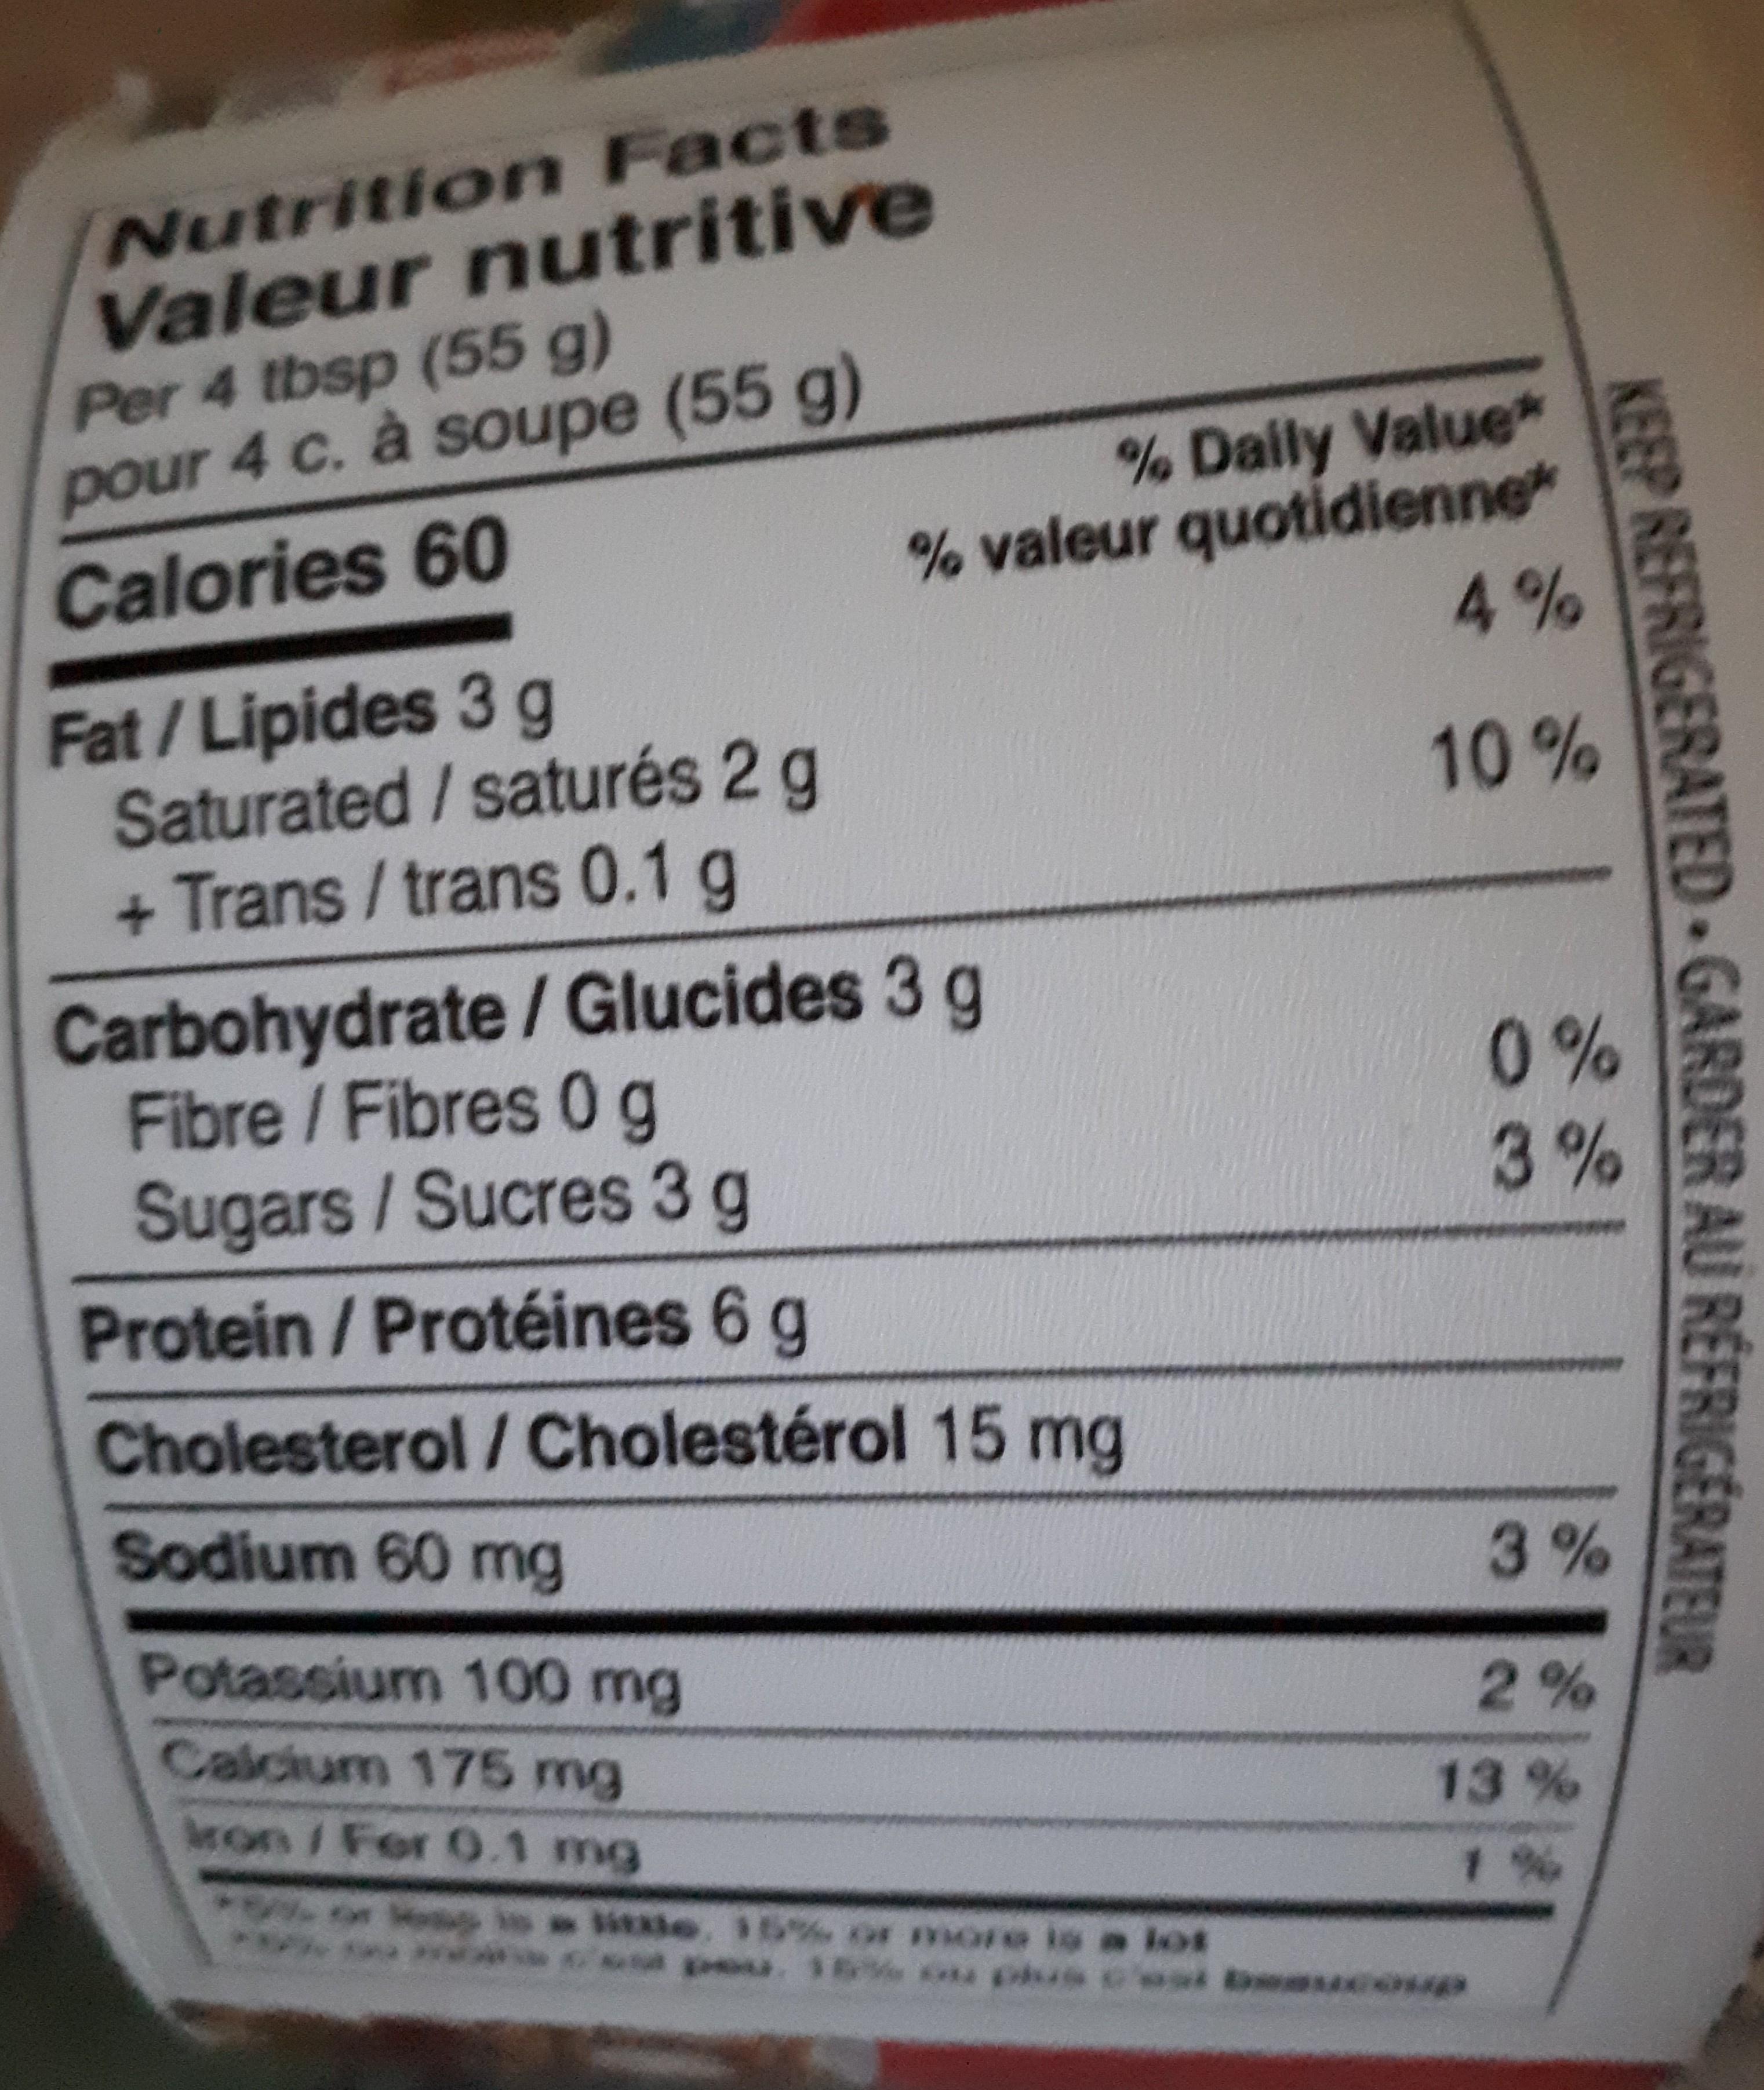
Nutrition Facts Valeur nutritive Per 4 tbsp (55 g) pour 4 c. à soupe (55 g)
% Daily Value* % valeur quotidienne* 4%
Calories 60
Fat / Lipides 3 g Saturated / saturés 2 g +Trans/trans 0.1 g
10%
Carbohydrate / Glucides 3 g Fibre/Fibres 0g Sugars/Sucres 3 g
0% 3%
Protein/Protéines 6 g
Cholesterol / Cholestérol 15 mg
Sodium 60 mg
3 %
Potassium 100 mg
Calcium 175 mg
2%
ron /Fer 0.1 mg
13 %
or Mo
1 %
litaie, 35% or more is a lot a o. 16% ou olus o
KEEP REFRIGERATED GARDER AU REFRIGÉRATEUR